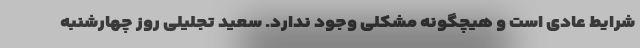
شرایط عادی است و هیچگونه مشکلی وجود ندارد. سعید تجلیلی روز چهارشنبه